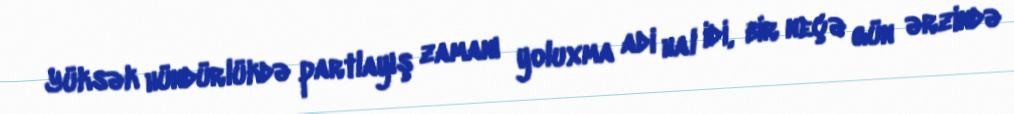
Yüksək hündürlükdə partlayış zamanı yoluxma adi hal idi, bir neçə gün ərzində